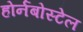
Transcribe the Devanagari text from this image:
होर्नबोस्टेल